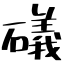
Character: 礒